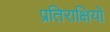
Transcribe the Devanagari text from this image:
प्रतिराक्षियों